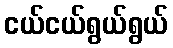
ငယ်ငယ်ရွယ်ရွယ်